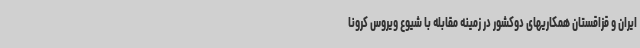
ایران و قزاقستان همکاریهای دوکشور در زمینه مقابله با شیوع ویروس کرونا